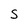
Character: S